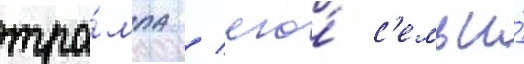
тра́мпа / его́ с'емьи́